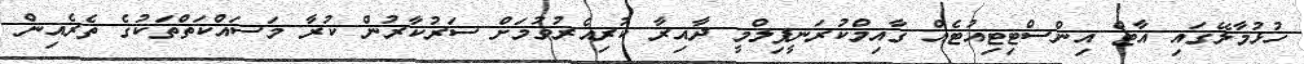
ހުޅުމާލޭގައި އާޓް އިންސްޓިޓިއުޓެއް ގާއިމްކުރަނީފިލްމީ ދާއިރާ ކުރިއެރުވުމަށް ސަރުކާރުން ކުރާ މަސައްކަތްތަކުގެ ތެރެއިން